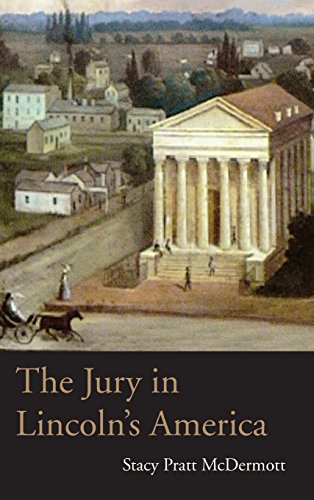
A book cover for The Jury in LincolnEEs America (Law Society & Politics in the Midwest); Stacy Pratt McDermott; Law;